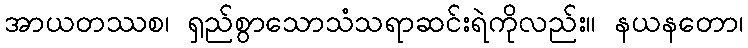
အာယတဿစ၊ ရှည်စွာသောသံသရာဆင်းရဲကိုလည်း။ နယနတော၊